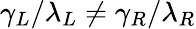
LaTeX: \gamma_{L}/\lambda_{L}\ne\gamma_{R}/\lambda_{R}